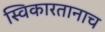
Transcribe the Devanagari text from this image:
स्विकारतानाच